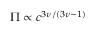
\Pi \propto c ^ { 3 \nu / ( 3 \nu - 1 ) }